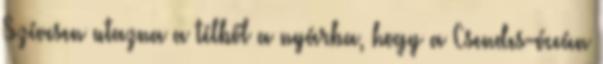
Szívesen utazna a télből a nyárba, hogy a Csendes-óceán